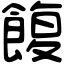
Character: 𩜲